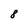
Character: 8